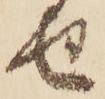
せ